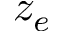
z _ { e }